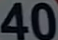
40